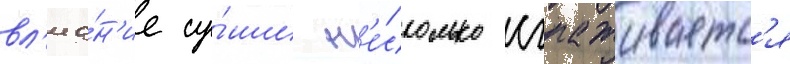
вл'иа́н'ие су́ши н'е́сколько сглаживаетс'я